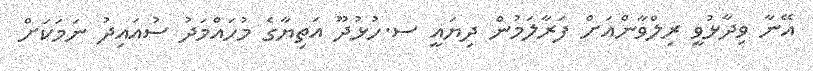
އޭނާ ވިދާޅުވީ ރިލްވާންއަށް ފަރާލަމުން ދިޔައީ ސ.ހުޅުދޫ އަތިޔާގެ މުހައްމަދު ސުއައިދު ނަމަކަށް